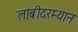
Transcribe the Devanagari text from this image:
लांबीदरम्यान